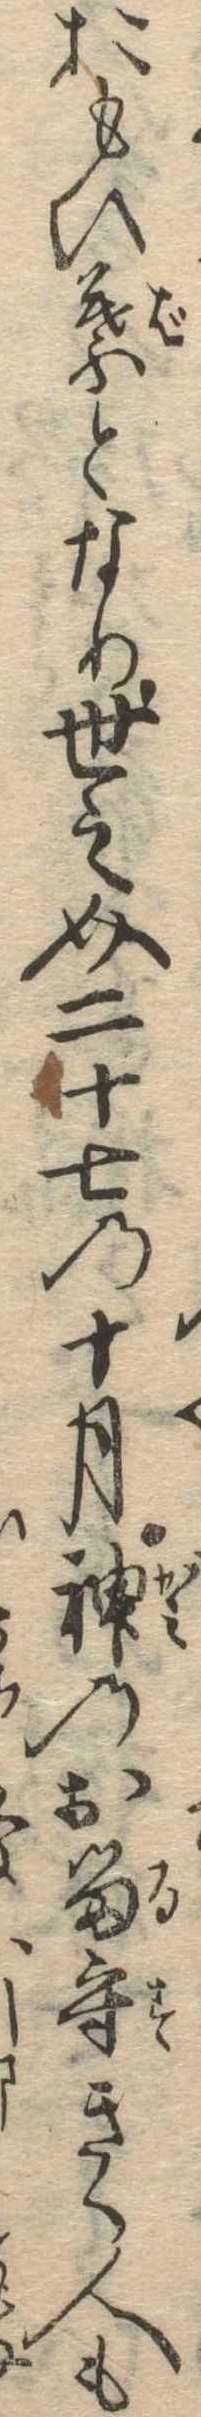
おもひ葉となり世之介二十七の十月神のお留守きく人も